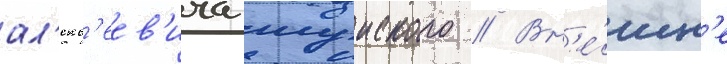
ал'екс'еев'ича шуиского // Вн'е́шн'е